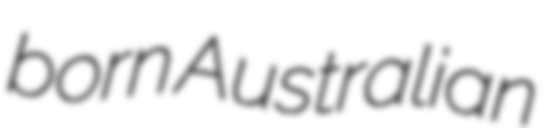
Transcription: born Australian